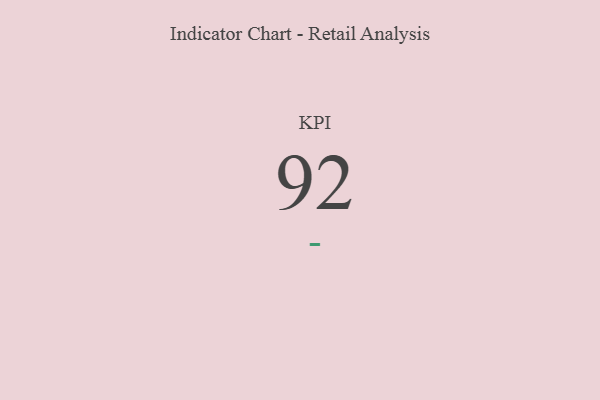
{"axis": {"x": "KPI", "y": "Value"}, "legend": [""], "data": [{"x": "KPI", "y": 92, "type": ""}]}